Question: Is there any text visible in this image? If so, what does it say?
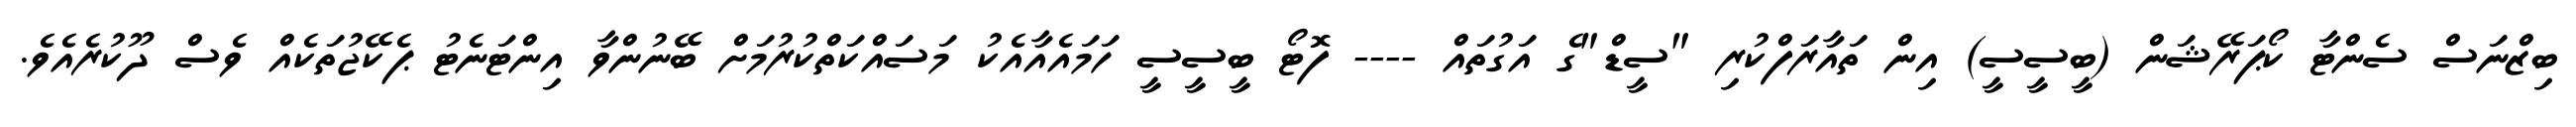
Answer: ބިޒްނަސް ސެންޓާ ކޯޕަރޭޝަން (ބީސީސީ) އިން ތައާރަފްކުރި "ސީޑް"ގެ އަގުތައް ---- ފޮޓޯ ބީސީސީ ހަމައެއާއެކު މަސައްކަތްކުރުމަށް ބޭނުންވާ އިންޓަނެޓު ޕެކޭޖުތަކެއް ވެސް ދޫކުރެއެވެ.